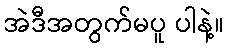
အဲဒီအတွက်မပူ ပါနဲ့။